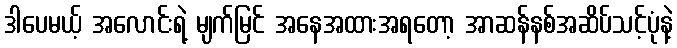
ဒါပေမယ့် အလောင်းရဲ့ မျက်မြင် အနေအထားအရတော့ အာဆန်နစ်အဆိပ်သင့်ပုံနဲ့